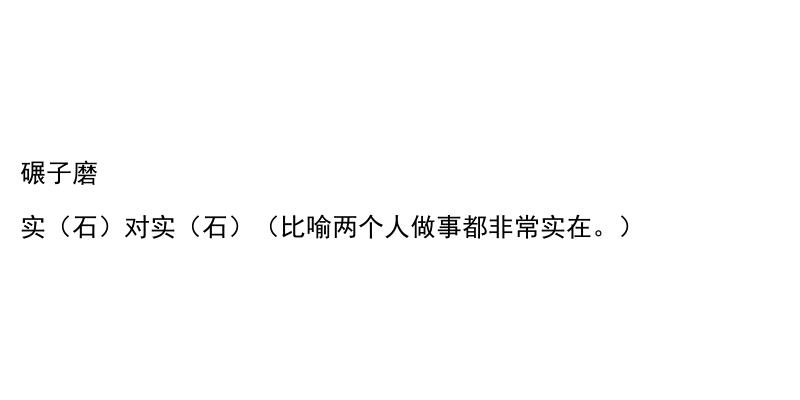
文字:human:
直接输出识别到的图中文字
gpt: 碾子磨 实（石）对实（石）（比喻两个人做事都非常实在。）